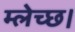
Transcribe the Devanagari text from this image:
म्लेच्छ।